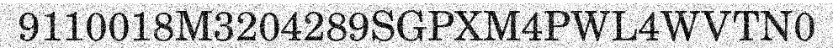
9110018M3204289SGPXM4PWL4WVTN0